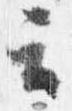
云